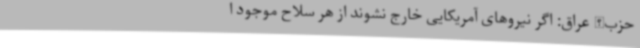
حزب‌الله عراق: اگر نیروهای آمریکایی خارج نشوند از هر سلاح موجود ا